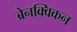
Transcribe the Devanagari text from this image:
ब्रेनक्विकन